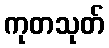
ကုတသုတ်